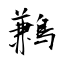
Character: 鶼